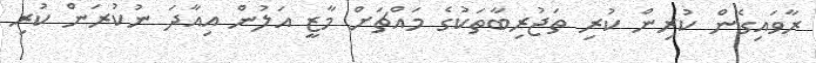
ރާވައިގެން ކުރިން ކުރި ތަޖުރިބާތަކުގެ މައްޗަށް މާޒީ އަލުން އިއާދަ ނުކުރަން ކުރި